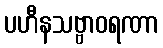
ပဟီနသဗ္ဗာဝရဏာ